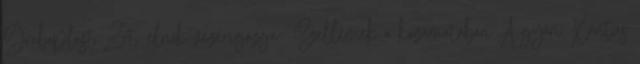
Graboplast Zrt. elnök-vezérigazga- Szellemek a kazamatában A győri Xantus